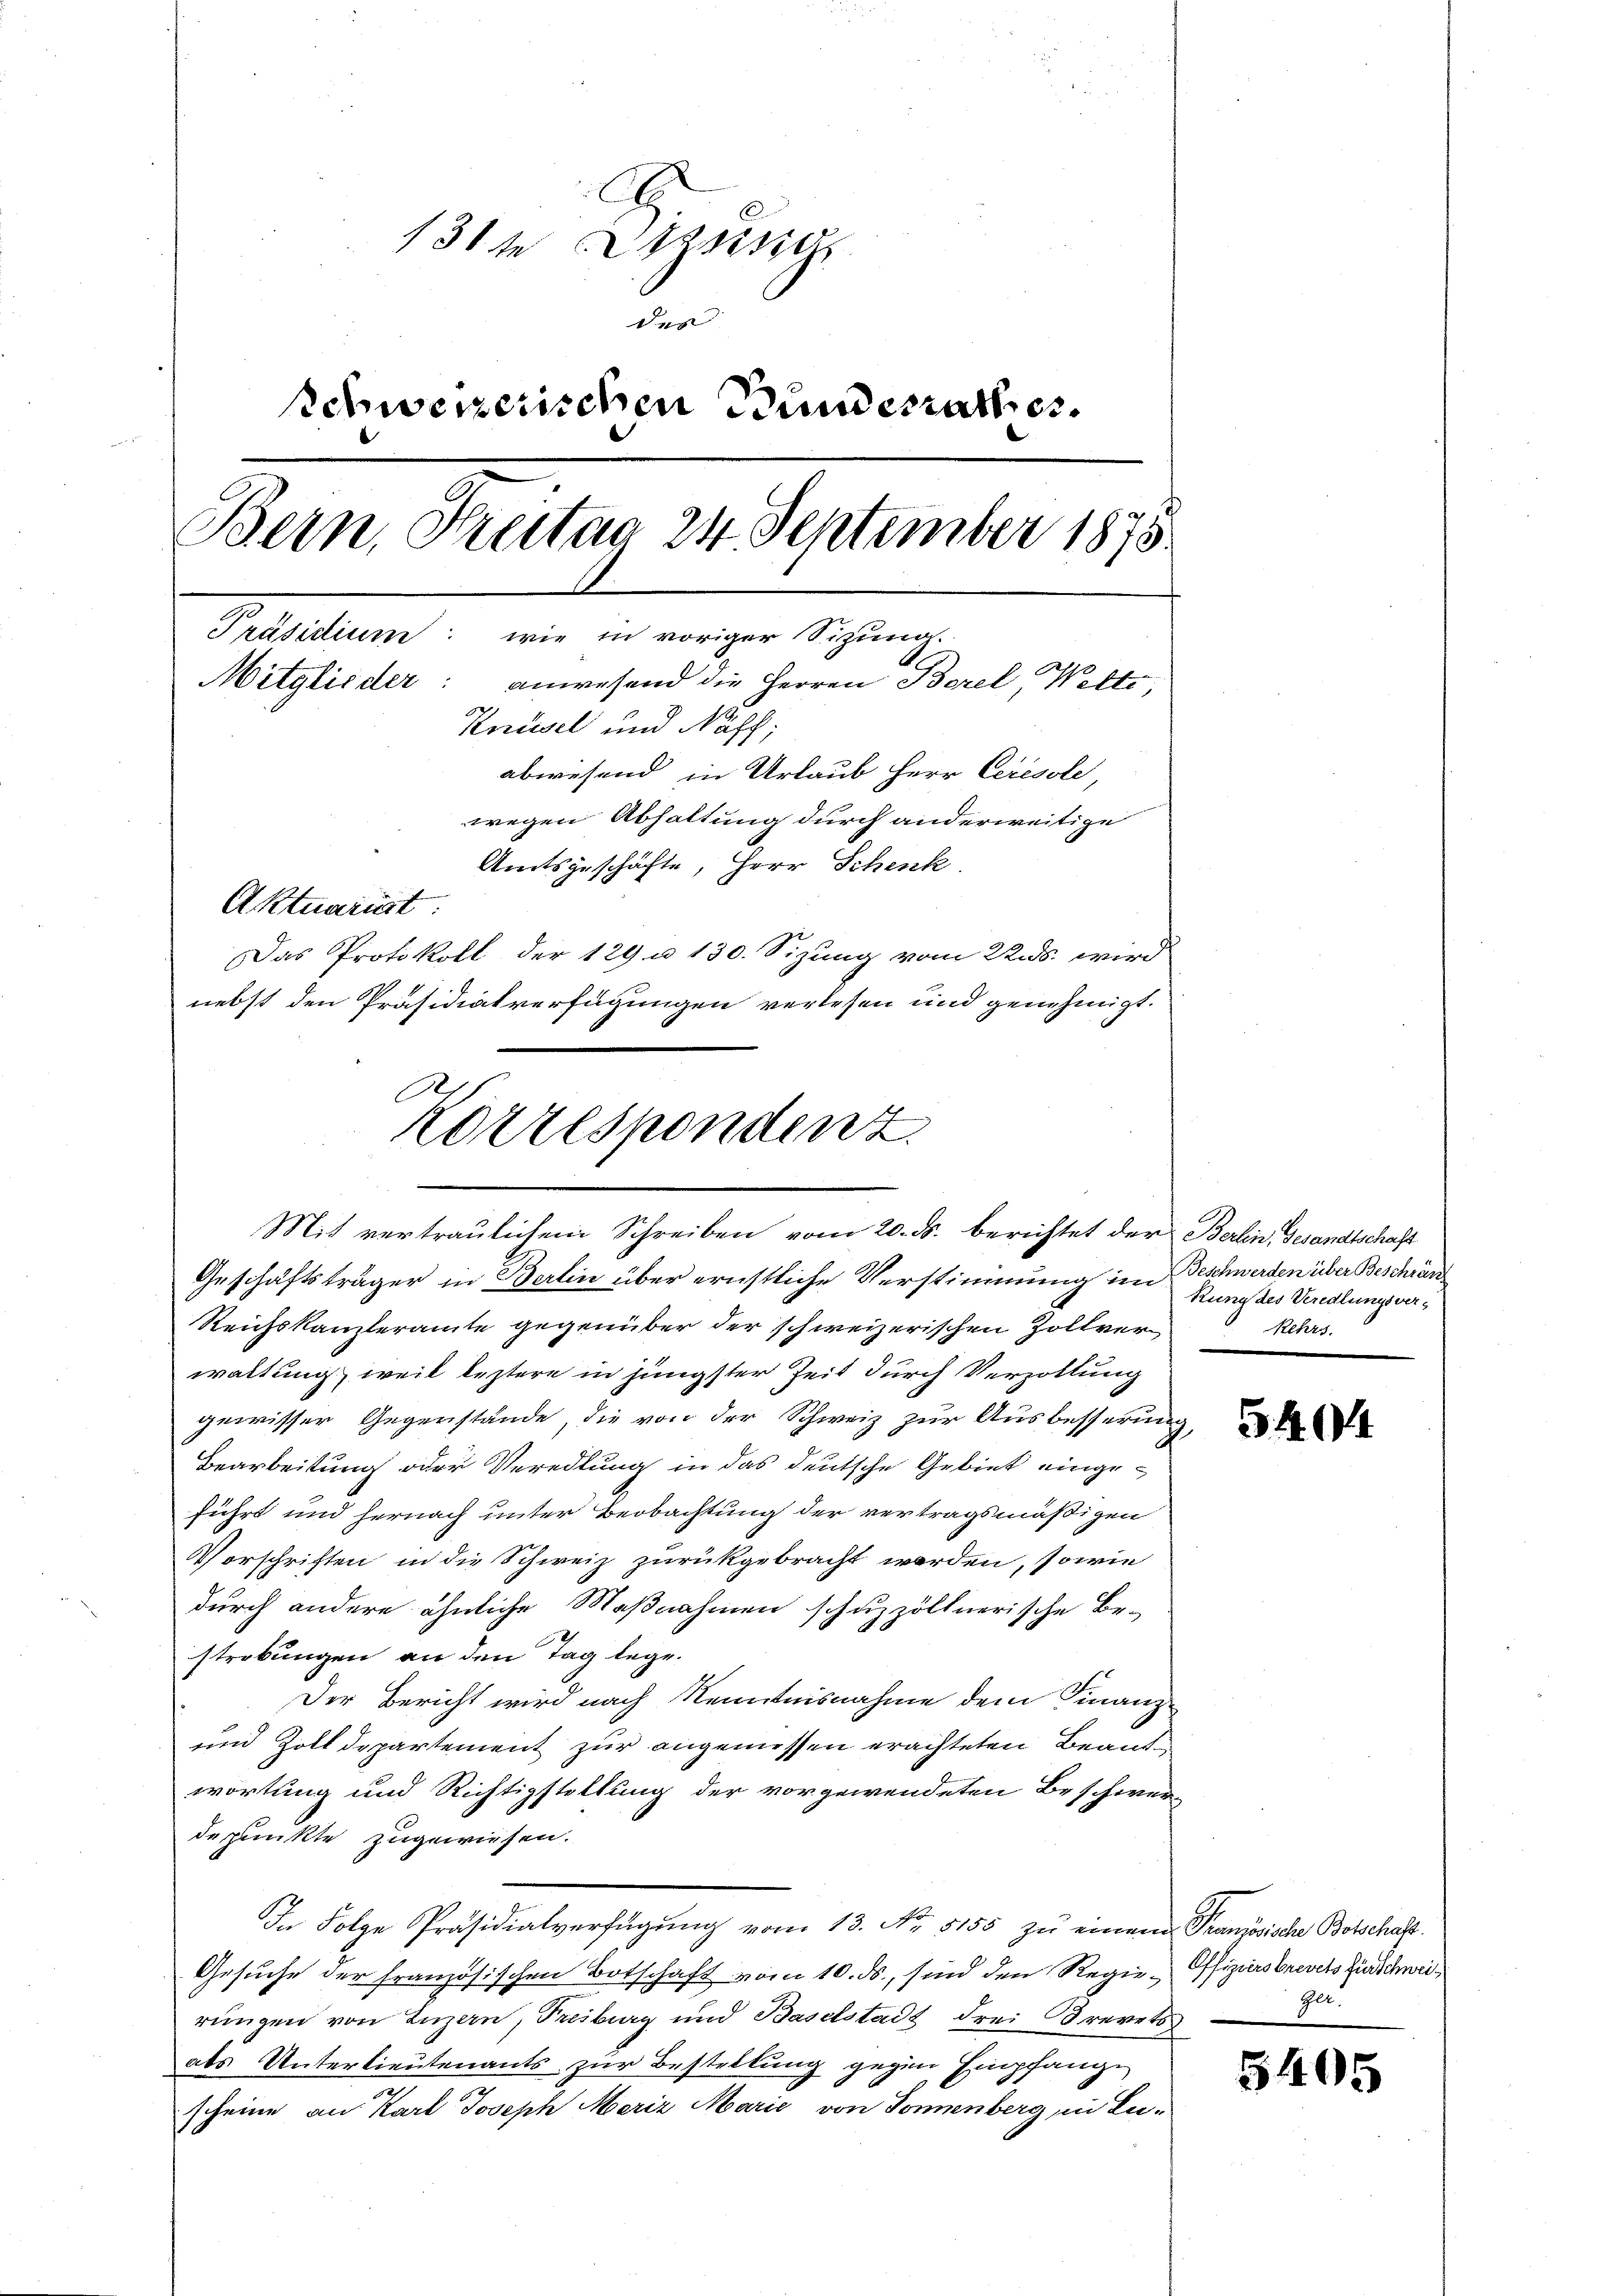
A
131t Kreisig
des
Schweizerischen Bundesrathes.
Bern, Kreitag 24 September 1875
Präsidium: wie in voriger Sizung.
Mitglieder: anwesend die Herren Borel, Welte,
Korusel und Näff;
abwesend in Urlaub Herr Ceresole
wegen Abhaltung durch anderweitige
Amtsgeschäfte, Herr Schenk

Aktuariat
Das Protokoll der 129 u 130. Sizung vom 22 s. wird
nebst den Präsidialverfügungen verlesen und genehmigt.
Geschäftsträger in Berlin über ernstliche Verstimmung im Beschwerden über Beschrän
Reichskanzleramte gegenüber der schweizerischen Zollverwaltung weil leztere in jüngster Zeit durch Verzöllung
gewisser Gegenstände, die von der Schweiz zur Ausbesserung,
Bearbeitung oder Veredlung in das deutsche Gebiet eingeführt und hernach unter Beobachtung der vertragsmäßigen
Vorschriften in die Schweiz zurückgebracht werden, sowie
durch andere ähnliche Maßnahmen schuzzöllnerische Be-
strebungen an den Tag lege.
Der Bericht wird nach Kenntnisnahme dem Finanz-
und Zolldepartement zur angemessen erachteten Beantwortung und Richtigstellung der vorgewendeten Beschwer-
depunkte zugewiesen.
In Folge Präsidialverfügung vom 13. No. 5155 zu einem Französische Botschaft
Gesuche der französischen Botschaft vom 10. ds., sind den Regie-Offiziers brevets zur schweirungen von Luzern, Freiburg und Baselstadt drei Brevets
abs Unterlieutenants zur Bestellung gegen Empfange
scheine an Karl Joseph Meriz Marie von Sonnenberg, in Lu¬

B
Korrespondenz
Mit vertraulichen Schreiben vom 20. ds. berichtet der Berlin Gesandtschaft

Rung des Veredlungsver¬
Kehrs

5404

Ger.

3405